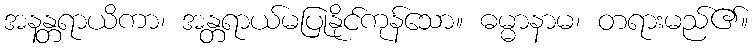
အနန္တရာယိကာ၊ အန္တရာယ်မပြုနိုင်ကုန်သော။ ဓမ္မာနာမ၊ တရားမည်၏။